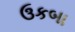
ઉકબા